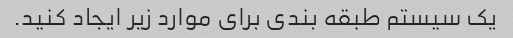
یک سیستم طبقه بندی برای موارد زیر ایجاد کنید.